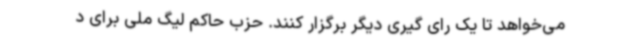
می‌خواهد تا یک رای گیری دیگر برگزار کنند. حزب حاکم لیگ ملی برای د